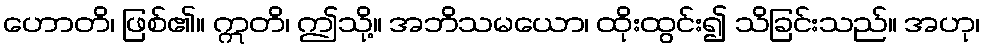
ဟောတိ၊ ဖြစ်၏။ ဣတိ၊ ဤသို့။ အဘိသမယော၊ ထိုးထွင်း၍ သိခြင်းသည်။ အဟု၊